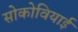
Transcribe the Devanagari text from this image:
सोकोवियाई